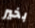
بخير